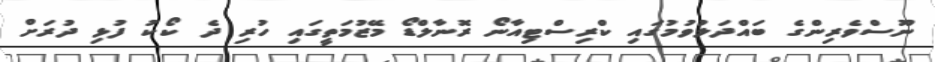
ނޫސްވެރިންގެ ބައްދަލުވުމުގައި ކްރިސްޓިއާނޯ ރޮނާލްޑޯ މޭޒުމަތީގައި ހުރި ދެ ކޯކު ފުޅި ދުރަށް